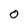
Character: O